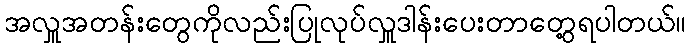
အလှူအတန်းတွေကိုလည်းပြုလုပ်လှူဒါန်းပေးတာတွေ့ရပါတယ်။